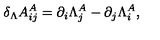
\delta _ { \Lambda } A _ { i j } ^ { A } = \partial _ { i } \Lambda _ { j } ^ { A } - \partial _ { j } \Lambda _ { i } ^ { A } ,